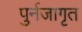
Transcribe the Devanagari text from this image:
पुर्नजागृत